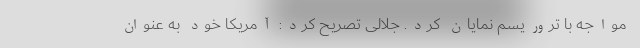
مواجه با تروریسم نمایان کرد. جلالی تصریح کرد: آمریکا خود به عنوان